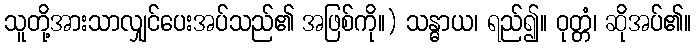
သူတို့အားသာလျှင်ပေးအပ်သည်၏ အဖြစ်ကို။) သန္ဓာယ၊ ရည်၍။ ဝုတ္တံ၊ ဆိုအပ်၏။